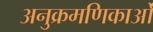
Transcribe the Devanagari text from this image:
अनुक्रमणिकाओं